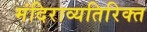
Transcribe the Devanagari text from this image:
मंदिराव्यतिरिक्त